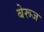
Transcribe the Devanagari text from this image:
बेरूज